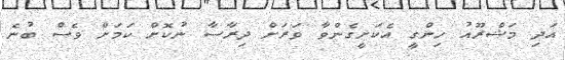
އަދި މަޝްރޫއު ހިންގީ އެކަށީގެންވާ ވަރަށް ދިރާސާ ނުކޮށް ކަމަށް ވެސް ބުނެ